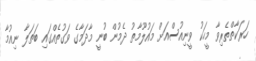
ހަރަކާތްތެރިވާ މީހަކު ވީނިއުސްއަށް މައުލޫމާތު ދެމުން ބުނީ މާދަމާގެ ވަގުތެއްގައި ބަތަލާ ނިއުމާ